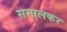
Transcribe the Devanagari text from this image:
समालकर